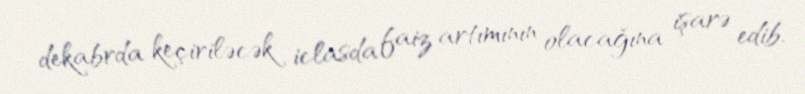
dekabrda keçiriləcək iclasda faiz artımının olacağına işarə edib.